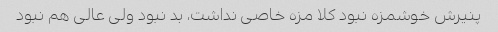
پنیرش خوشمزه نبود کلا مزه خاصی نداشت، بد نبود ولی عالی هم نبود